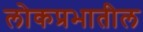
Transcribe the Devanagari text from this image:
लोकप्रभातील